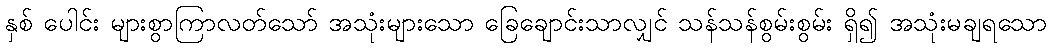
နှစ် ပေါင်း များစွာကြာလတ်သော် အသုံးများသော ခြေချောင်းသာလျှင် သန်သန်စွမ်းစွမ်း ရှိ၍ အသုံးမချရသော